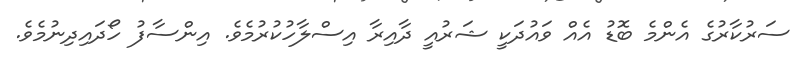
ސަރުކާރުގެ އެންމެ ބޮޑު އެއް ވައުދަކީ ޝަރުއީ ދާއިރާ އިސްލާހުކުރުމެވެ. އިންސާފު ހޯދައިދިނުމެވެ.